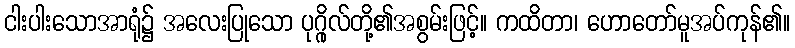
ငါးပါးသောအာရုံ၌ အလေးပြုသော ပုဂ္ဂိုလ်တို့၏အစွမ်းဖြင့်။ ကထိတာ၊ ဟောတော်မူအပ်ကုန်၏။